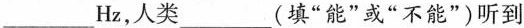
___Hz，人类___(填”能”或”不能”)听到